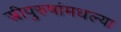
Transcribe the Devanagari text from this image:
स्त्रीपुरुषांमधल्या